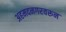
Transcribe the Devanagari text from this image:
अहमदनगरवरून